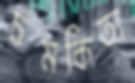
চমকিতা